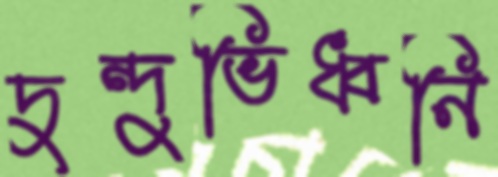
দুন্দুভিধ্বনি